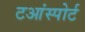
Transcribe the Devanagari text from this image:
टआंस्पोर्ट